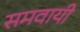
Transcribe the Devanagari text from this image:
समवायी